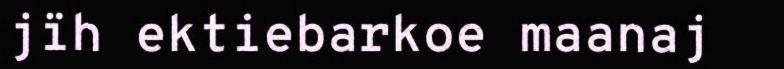
jïh ektiebarkoe maanaj